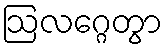
ဩလဂ္ဂေတွာ